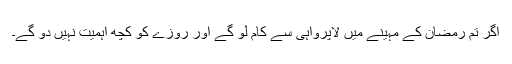
اگر تم رمضان کے مہینے میں لاپرواہی سے کام لو گے اور روزے کو کچھ اہمیت نہیں دو گے۔